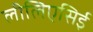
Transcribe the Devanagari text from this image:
लीलिएसिई